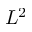
L ^ { 2 }